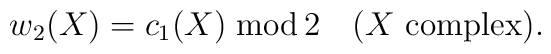
w_2(X)=c_1(X)\;{\rm mod}\,2\quad \hbox{($X$ complex)}.